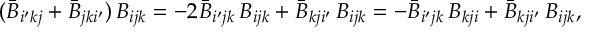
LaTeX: ( \bar { B } _ { i ^ { \prime } k j } + \bar { B } _ { j k i ^ { \prime } } ) \, B _ { i j k } = - 2 \bar { B } _ { i ^ { \prime } j k } \, B _ { i j k } + \bar { B } _ { k j i ^ { \prime } } \, B _ { i j k } = - \bar { B } _ { i ^ { \prime } j k } \, B _ { k j i } + \bar { B } _ { k j i ^ { \prime } } \, B _ { i j k } ,